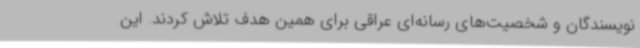
نویسندگان و شخصیت‌های رسانه‌ای عراقی برای همین هدف تلاش کردند. این